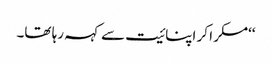
‘‘مسکرا کر اپنائیت سے کہہ رہا تھا۔